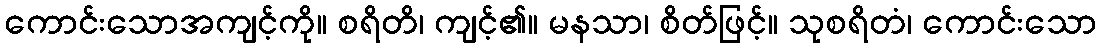
ကောင်းသောအကျင့်ကို။ စရိတိ၊ ကျင့်၏။ မနသာ၊ စိတ်ဖြင့်။ သုစရိတံ၊ ကောင်းသော